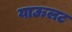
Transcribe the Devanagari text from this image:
याऊलट